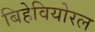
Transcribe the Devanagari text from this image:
बिहेवियोरल